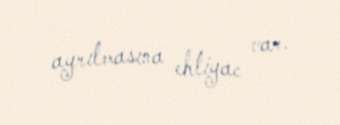
ayrılmasına ehtiyac var.